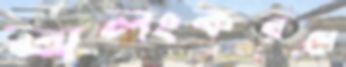
অলংকরণে